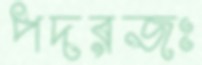
পদরজঃ